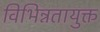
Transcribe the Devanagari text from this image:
विभिन्नतायुक्त